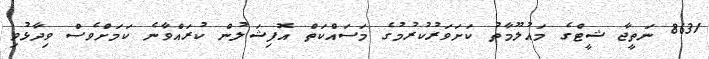
8631 ނަތީޖާ ޝީޓްގެ މައުލޫމާތު ކަށަވަރުކުރުމުގެ މަސައްކަތް އޮފިޝަލުން ކުރައްވާނެ ކަމަށްވެސް ވިދާޅުވި